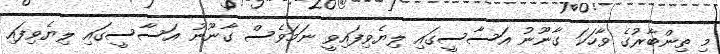
މި ތިންބާރުގެ ވާހަކަ ގާނޫނު އަސާސީގައި ލިޔެވިފައިވީ ނަމަވެސް ގާނޫނު އަސާސީގައި ލިޔެވިފައި